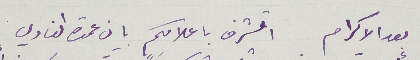
بعد الاكرام اتشرف باعلامكم بان عمدة النادي